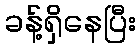
ခန့်ရှိနေပြီး